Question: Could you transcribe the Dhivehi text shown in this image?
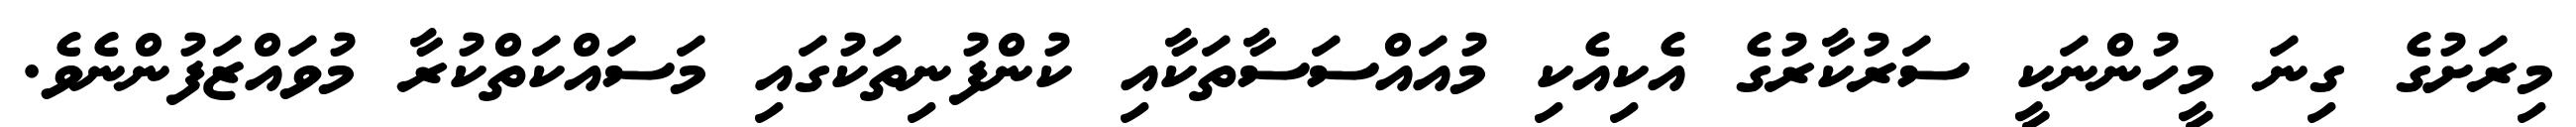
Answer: މިރަށުގެ ގިނަ މީހުންނަކީ ސަރުކާރުގެ އެކިއެކި މުއައްސަސާތަކާއި ކުންފުނިތަކުގައި މަސައްކަތްކުރާ މުވައްޒަފުންނެވެ.